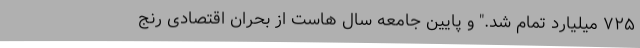
۷۲۵ میلیارد تمام شد." و پایین جامعه سال هاست از بحران اقتصادی رنج